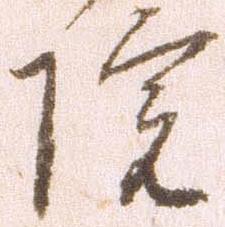
院